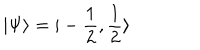
\vert \Psi \rangle = \vert - \frac { 1 } { 2 } , \frac { 1 } { 2 } \rangle